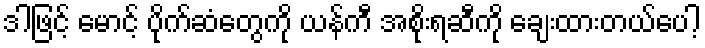
ဒါဖြင့် မောင့် ပိုက်ဆံတွေကို ယန်ကီ အစိုးရဆီကို ချေးထားတယ်ပေါ့